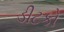
ડીટકો